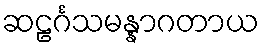
ဆဠင်္ဂသမန္နာဂတာယ